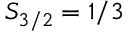
S _ { 3 / 2 } = 1 / 3